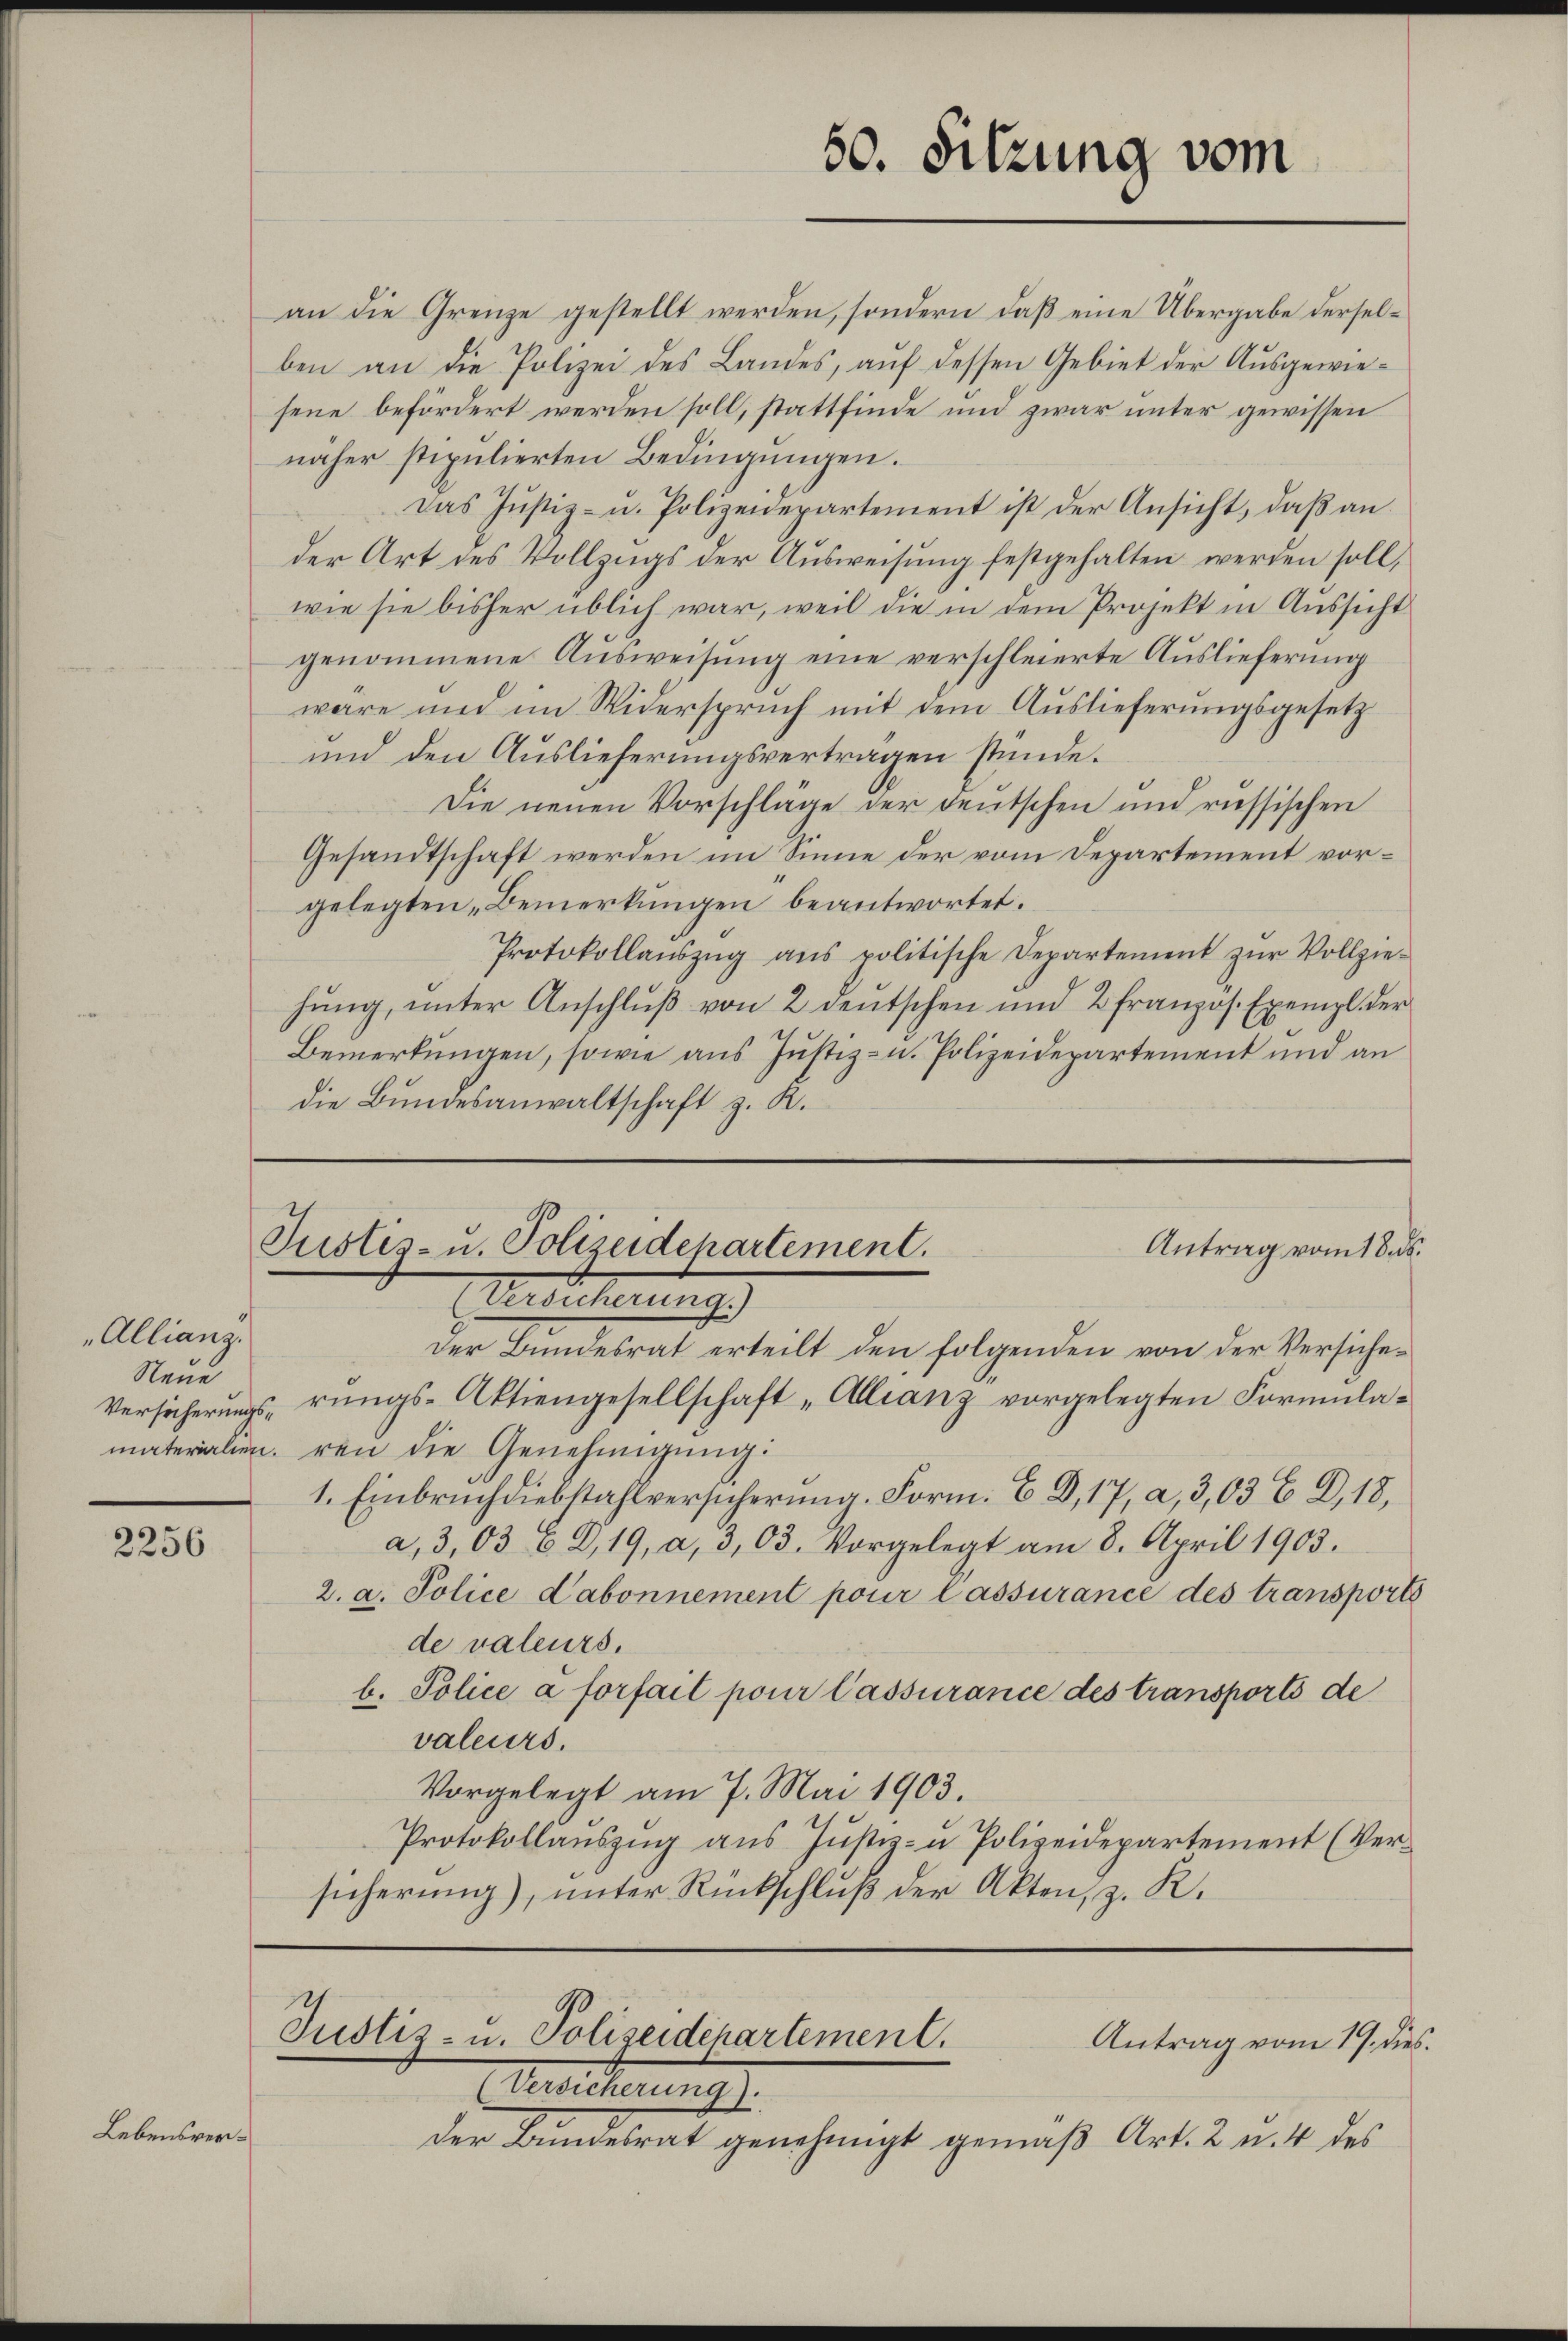
50. Sitzung vom

an die Grenze gestellt werden, sondern daß eine Übergabe derselben an die Polizei des Landes, auf dessen Gebiet der Ausgewiesene befördert werden soll, stattfinde und zwar unter gewissen
näher stipulierten Bedingungen.
Das Jŭstiz- u. Polizeidepartement ist der Ansicht, daβ an
der Art des Vollzugs der Ausweisung festgehalten werden soll,
wie sie bisher üblich war, weil die in dem Projekt in Aussicht
genommene Ausweisung eine verschleierte Auslieferung
wäre und im Widerspruch mit dem Auslieferungsgesetz
und den Auslieferungsverträgen stünde.
Die neuen Vorschläge der deutschen und russischen
Gesandtschaft werden im Sinne der vom Departement vorgelegten „Bemerkungen beantwortet.
Protokollaŭszŭg ans politische Departement zŭr Vollziehŭng, unter Anschlŭβ von 2 deutschen und 2 französ. Exempl. der
Bemerkungen, sowie aus Justiz- u. Polizeidepartement und an
die Bundesanwaltschaft z. R.

Justis- u. Polizeidepartement.
Antrag vom 18. ds.
ersicherungs

Der Bundesrat erteilt den folgenden von der Versiche¬
Versicherungs- rungs-Aktiengesellschaft „Allianz vorgelegten Formulamaterialien reu die Genehmigŭng:
1. Einbruch diebstahlversicherung. Form. E D,17, a, 3,03 C D, 18,
a.3,03 6 D, 19, a, 3,03. Vorgelegt am 8. April 1903.
2. a. Police Cabonnement pour lassurance des transports
de valeurs,
b. Police à forfait pour lassurance des transports de
valeurs.
Vorgelegt am 7. Mai 1903.
Protokollaŭszŭg aŭs Jŭstiz- u Polizeidepartement (Ver-
sicherung), unter Rückschluß der Akten, z. R.

"Allianz.
Neue

2256

Justiz- u. Polizeidepartement.
Antrag vom 19. dies

Meisterung.
der Bundesrat genehmigt gemäß Art. 2 u. 4 des

Lebensver¬